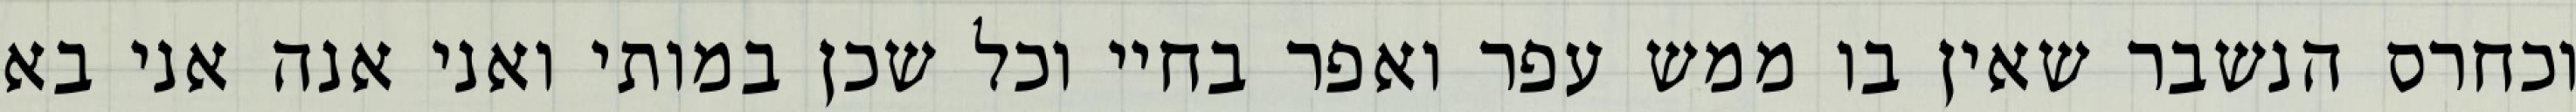
וכחרס הנשבר שאין בו ממש עפר ואפר בחיי וכל שכן במותי ואני אנה אני בא